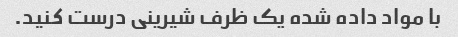
با مواد داده شده یک ظرف شیرینی درست کنید.